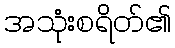
အသုံးစရိတ်၏